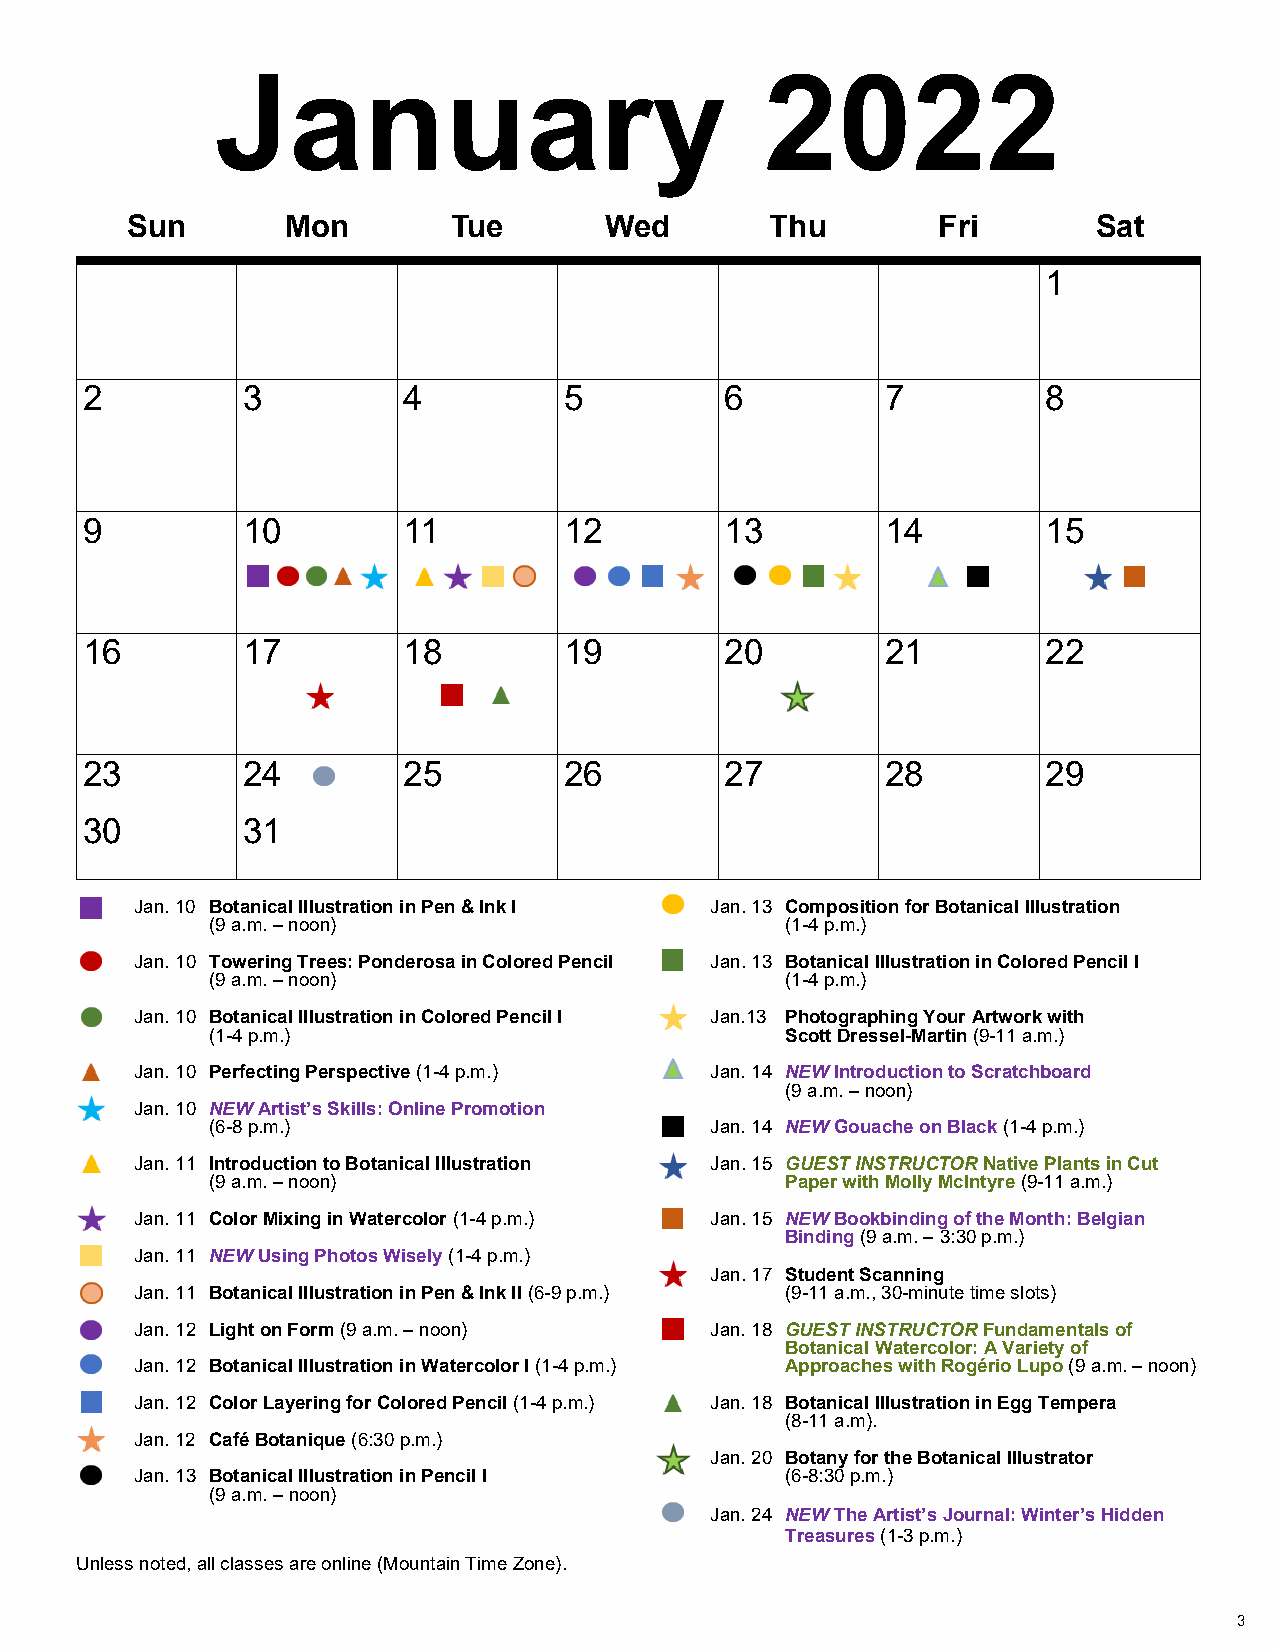
January                              2022
 Sun        Mon        Tue       Wed        Thu        Fri        Sat
 1
 2          3          4         5          6          7         8
 9          10         11        12         13         14        15
 16         17         18        19         20         21        22
 23         24         25        26         27         28        29
 30         31
 Jan. 10 Botanical Illustration in Pen & Ink I Jan. 13 Composition for Botanical Illustration
 (9 a.m. – noon)                       (1-4 p.m.)
 Jan. 10 Towering Trees: Ponderosa in Colored Pencil Jan. 13 Botanical Illustration in Colored Pencil I
 (9 a.m. – noon)                       (1-4 p.m.)
 Jan. 10 Botanical Illustration in Colored Pencil I Jan.13 Photographing Your Artwork with
 (1-4 p.m.)                            Scott Dressel-Martin (9-11 a.m.)
 Jan. 10 Perfecting Perspective (1-4 p.m.) Jan. 14 NEW Introduction to Scratchboard
 (9 a.m. – noon)
 Jan. 10 NEW Artist’s Skills: Online Promotion
 (6-8 p.m.)                       Jan. 14 NEW Gouache on Black (1-4 p.m.)
 Jan. 11 Introduction to Botanical Illustration Jan. 15 GUEST INSTRUCTOR Native Plants in Cut
 (9 a.m. – noon)                       Paper with Molly McIntyre (9-11 a.m.)
 Jan. 11 Color Mixing in Watercolor (1-4 p.m.) Jan. 15 NEW Bookbinding of the Month: Belgian
 Binding (9 a.m. – 3:30 p.m.)
 Jan. 11 NEW Using Photos Wisely (1-4 p.m.)
 Jan. 17 Student Scanning
 Jan. 11 Botanical Illustration in Pen & Ink II (6-9 p.m.) (9-11 a.m., 30-minute time slots)
 Jan. 12 Light on Form (9 a.m. – noon) Jan. 18 GUEST INSTRUCTOR Fundamentals of
 Botanical Watercolor: A Variety of
 Jan. 12 Botanical Illustration in Watercolor I (1-4 p.m.) Approaches with Rogério Lupo (9 a.m. – noon)
 Jan. 12 Color Layering for Colored Pencil (1-4 p.m.) Jan. 18 Botanical Illustration in Egg Tempera
 (8-11 a.m).
 Jan. 12 Café Botanique (6:30 p.m.)
 Jan. 20 Botany for the Botanical Illustrator
 Jan. 13 Botanical Illustration in Pencil I (6-8:30 p.m.)
 (9 a.m. – noon)
 Jan. 24 NEW The Artist’s Journal: Winter’s Hidden
 Treasures (1-3 p.m.)
 Unless noted, all classes are online (Mountain Time Zone).
 3